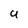
Character: U